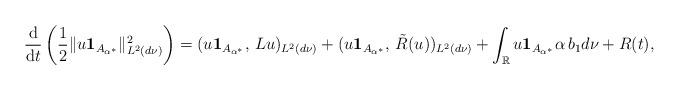
LaTeX: \begin{align*}\frac{\rm d}{{\rm d}t}\left(\frac{1}{2}\|u\mathbf 1_{A_{\alpha^*}}\|_{L^2(d\nu)}^2\right)= (u\mathbf 1_{A_{\alpha^*}},\,Lu)_{L^2(d\nu)} +(u\mathbf 1_{A_{\alpha^*}},\,\tilde{R}(u))_{L^2(d\nu)} +\int_{\mathbb{R}} u\mathbf 1_{A_{\alpha^*}}\alpha\, b_1 d\nu +R(t),\end{align*}